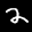
Label: 2